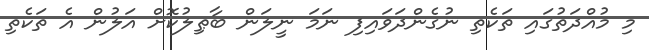
މި މުއްދަތުގައި ތަކެތި ނުގެންދަވައިފި ނަމަ ނީލަން ބާޠިލުކޮށް އަލުން އެ ތަކެތި